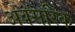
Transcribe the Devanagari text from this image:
अवसरिक